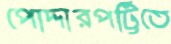
পোদ্দারপট্টিতে